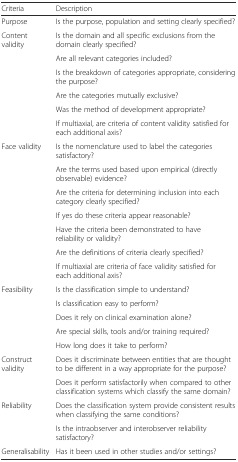
| Criteria | Description |
 | --- | --- |
 | Purpose | Is the purpose, population and setting clearly specified? |
 | <ROWSPAN=6> Content validity | Is the domain and all specific exclusions from the domain clearly specified? |
 | Are all relevant categories included? |
 | Is the breakdown of categories appropriate, considering the purpose? |
 | Are the categories mutually exclusive? |
 | Was the method of development appropriate? |
 | If multiaxial, are criteria of content validity satisfied for each additional axis? |
 | <ROWSPAN=7> Face validity | Is the nomenclature used to label the categories satisfactory? |
 | Are the terms used based upon empirical (directly observable) evidence? |
 | Are the criteria for determining inclusion into each category clearly specified? |
 | If yes do these criteria appear reasonable? |
 | Have the criteria been demonstrated to have reliability or validity? |
 | Are the definitions of criteria clearly specified? |
 | If multiaxial are criteria of face validity satisfied for each additional axis? |
 | <ROWSPAN=5> Feasibility | Is the classification simple to understand? |
 | Is classification easy to perform? |
 | Does it rely on clinical examination alone? |
 | Are special skills, tools and/or training required? |
 | How long does it take to perform? |
 | <ROWSPAN=2> Construct validity | Does it discriminate between entities that are thought to be different in a way appropriate for the purpose? |
 | Does it perform satisfactorily when compared to other classification systems which classify the same domain? |
 | <ROWSPAN=2> Reliability | Does the classification system provide consistent results when classifying the same conditions? |
 | Is the intraobserver and interobserver reliability satisfactory? |
 | Generalisability | Has it been used in other studies and/or settings? |